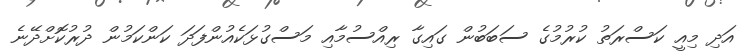
އަދި މިއީ ކަސްރަތު ކުރުމުގެ ސަބަބުން ގައިގާ ރިއްސުމާއި މަސްގުޅަކެއުންފަދަ ކަންކަމުން ދުރުކޮށްދޭނެ